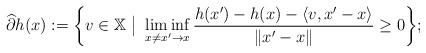
LaTeX: \begin{align*} \widehat{\partial}h(x):=\bigg\{v\in\mathbb{X}\ \big|\ \liminf_{x\ne x'\to x}\frac{h(x')-h(x)-\langle v,x'-x\rangle}{\|x'-x\|}\ge 0\bigg\}; \end{align*}